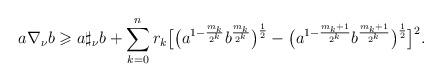
LaTeX: \begin{align*} a\nabla_{\nu} b \geqslant a\sharp_{\nu}b+\sum_{k=0}^{n}r_{k}\big[\big(a^{1-\frac{m_k}{2^k}}b^{\frac{m_k}{2^k}}\big)^{\frac{1}{2}}-\big(a^{1-\frac{m_k+1}{2^k}}b^{\frac{m_k+1}{2^k}}\big)^{\frac{1}{2}}\big]^{2}.\end{align*}